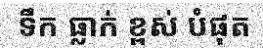
ទឹក ធ្លាក់ ខ្ពស់ បំផុត